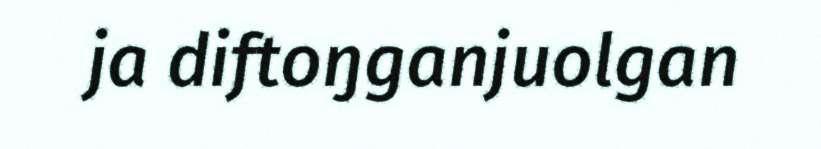
ja diftoŋganjuolgan